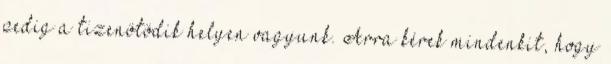
pedig a tizenötödik helyen vagyunk. Arra kérek mindenkit, hogy